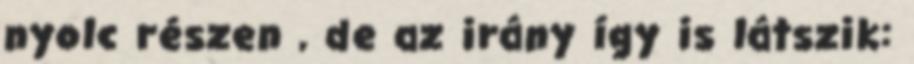
nyolc részen , de az irány így is látszik: